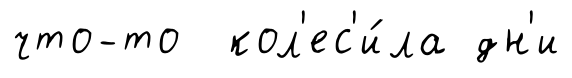
что-то кол'ес'и́ла дн'и